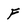
Character: F